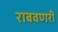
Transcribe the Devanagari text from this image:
राबवणरी